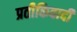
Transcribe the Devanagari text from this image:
प्रतीकिवादी